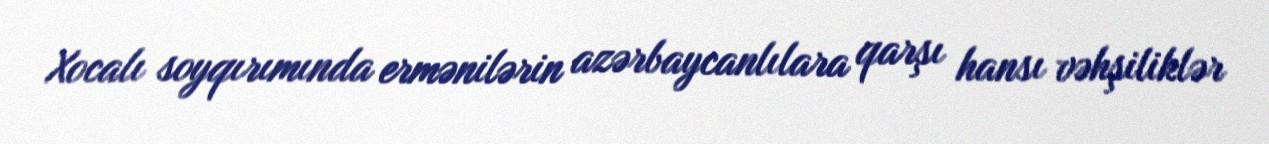
Xocalı soyqırımında ermənilərin azərbaycanlılara qarşı hansı vəhşiliklər